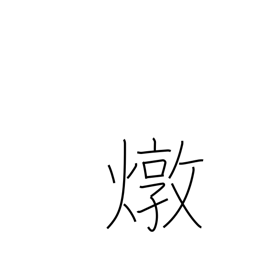
Meaning: fiery